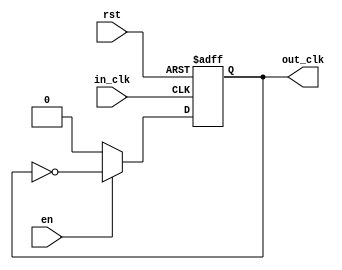

//freq divided by 2

module frequency_divider (  
		output out_clk,
      input  in_clk ,
		input  en,
      input  rst
	);

	reg 		temp_clk;

	assign 	out_clk = temp_clk;
	
	always @(posedge in_clk or negedge rst) 
		begin
			if (!rst)
				temp_clk <= 1'b0;
			else if(en)
				temp_clk <= ~out_clk;	
			else
				temp_clk <= 1'b0;
		end
		
endmodule